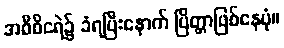
အဝီစိငရဲ၌ ခံရပြီးနောက် ပြိတ္တာဖြစ်နေပုံ။